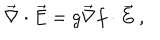
LaTeX: \vec { \nabla } \cdot \vec { E } = g \vec { \nabla } f \cdot \vec { E } \ ,